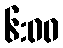
၆:၀၀